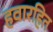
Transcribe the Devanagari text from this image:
हवारहित